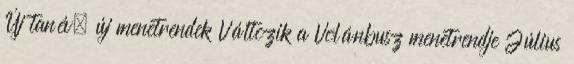
Új tanév, új menetrendek Változik a Volánbusz menetrendje Július